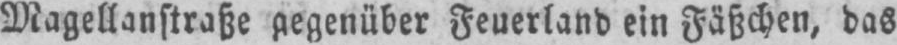
Magellanstraße gegenüber Feuerland ein Fäßchen, das